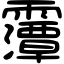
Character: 䨵